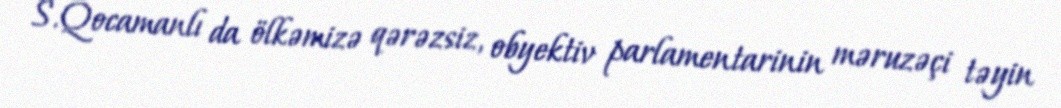
S.Qocamanlı da ölkəmizə qərəzsiz, obyektiv parlamentarinin məruzəçi təyin